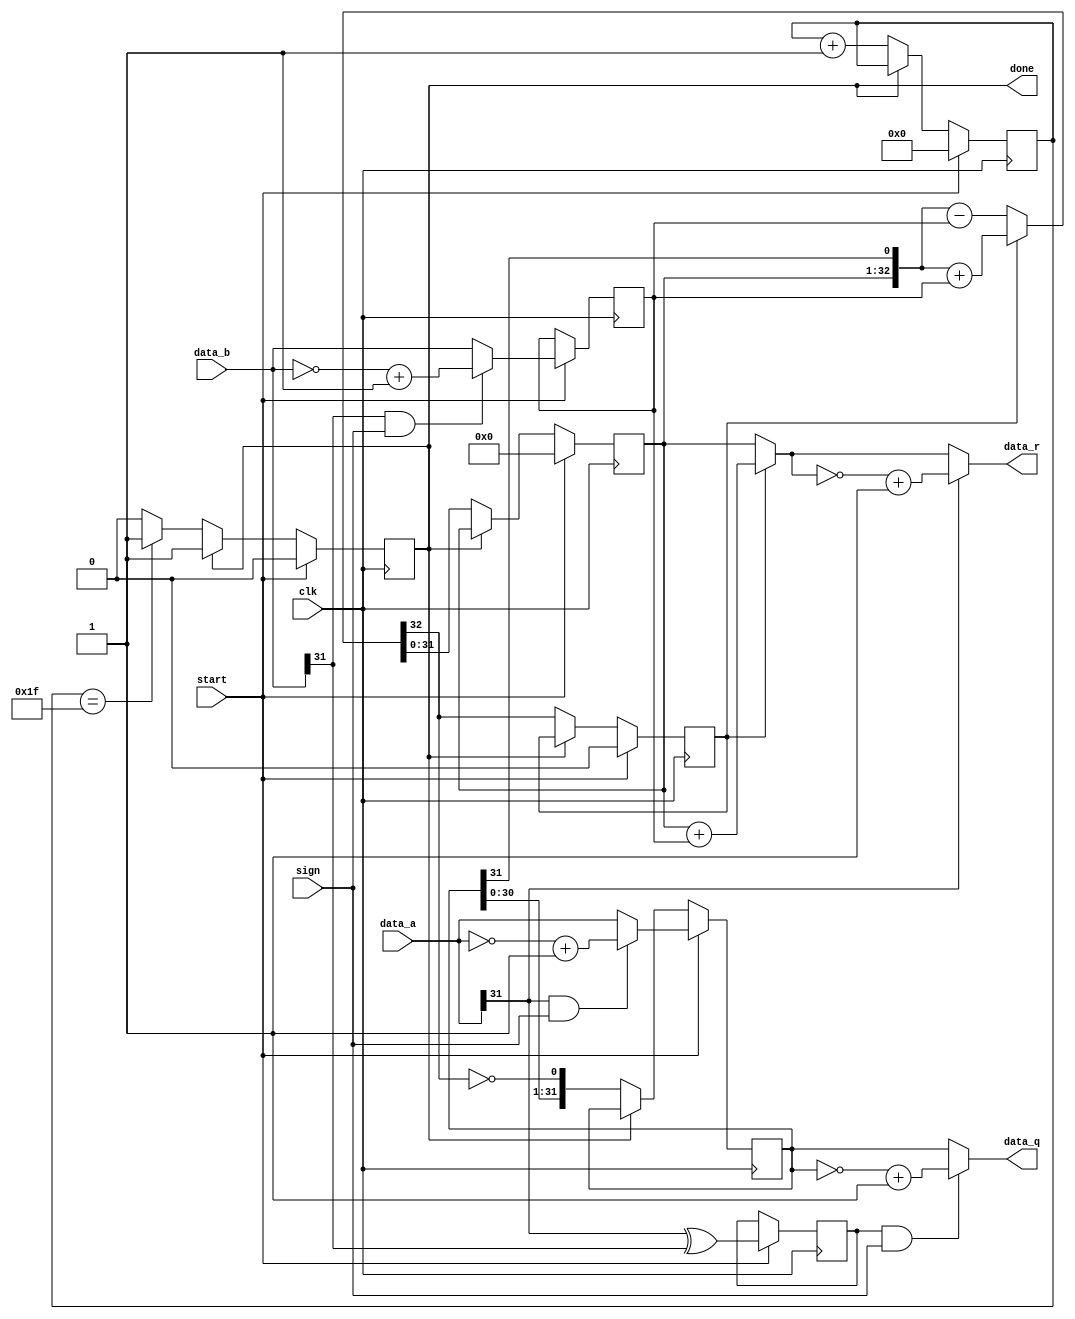
module div(/*AUTOARG*/
	// Outputs
	data_q, data_r, done,
	// Inputs
	clk, start, data_a, data_b, sign
	);
    input           clk, start;
    input   [31:0]  data_a, data_b;
    input           sign;              /* sign or unsigned */

    output  [31:0]  data_q, data_r;
    output          done;

    /*AUTOREG*/
	// Beginning of automatic regs (for this module's undeclared outputs)
	reg					done;
	// End of automatics
    /*AUTOWIRE*/
    wire    [32:0]  sub_add;
    wire    [31:0]  data_r_t;
    reg     [31:0]  reg_q;
    reg     [31:0]  reg_r;
    reg     [31:0]  reg_b;
    reg     [5:0]   count;
    reg             r_sign;
    reg             isneg;

    always @(posedge clk) begin
        if(start) begin
            reg_r   <= 32'b0;
            reg_q   <= (data_a[31] & sign) ? {~data_a[31:0] + 1} : data_a;
            reg_b   <= (data_b[31] & sign) ? {~data_b[31:0] + 1} : data_b;
            count   <= 6'b0;
            r_sign  <= 0;
            done    <= 0;
            isneg   <= data_a[31] ^ data_b[31];
        end else if(~done) begin
            reg_r   <= sub_add[31:0];
            r_sign  <= sub_add[32];
            reg_q   <= {reg_q[30:0], ~sub_add[32]};
            count   <= count + 6'b000001;
            if (count == 6'b011111) done <= 1;
        end
    end
    assign  sub_add = r_sign ? {reg_r, reg_q[31]} + {1'b0, reg_b} : {reg_r, reg_q[31]} - {1'b0, reg_b};
    assign  data_r_t = r_sign ? reg_r + reg_b : reg_r;
    assign  data_r = data_a[31] ? ~data_r_t + 1 : data_r_t;
    assign  data_q = (isneg & sign) ? {~reg_q[31:0] + 1} : reg_q;

endmodule